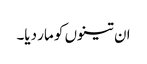
ان تینوں کو مار دیا۔